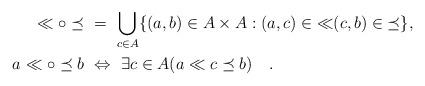
LaTeX: \begin{align*}\ll\circ\preceq\ &=\ \bigcup_{c\in A}\{(a,b)\in A\times A:(a,c)\in\mathbin{\ll}(c,b)\in\mathbin{\preceq}\},\\a\ll\circ\preceq b\ &\Leftrightarrow\ \exists c\in A(a\ll c\preceq b)\quad.\end{align*}